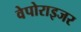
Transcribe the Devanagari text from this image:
वेपोराइजर